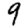
Digit: 9